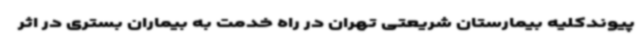
پیوندکلیه بیمارستان شریعتی تهران در راه خدمت به بیماران بستری در اثر